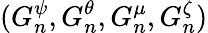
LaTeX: (G_{n}^{\psi},G_{n}^{\theta},G_{n}^{\mu},G_{n}^{\zeta})